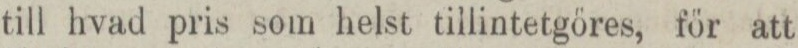
till hvad pris som helst tillintetgöres, för att